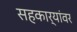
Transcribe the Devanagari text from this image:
सहकार्यांवर